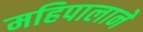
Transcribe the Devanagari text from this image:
महिपालाने